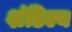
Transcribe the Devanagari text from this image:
शंडिल्य